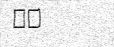
٣٣